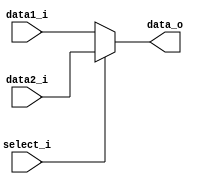
module MUX5
(
	data1_i,
	data2_i,
	select_i,
	data_o
);

input [4:0] data1_i,data2_i;
input select_i;
output [4:0] data_o;

reg [4:0] r;

assign data_o=r;

always@(data1_i or data2_i or select_i)begin
	case(select_i)
		1:r<=data2_i;
		default:r<=data1_i;
	endcase
end

endmodule